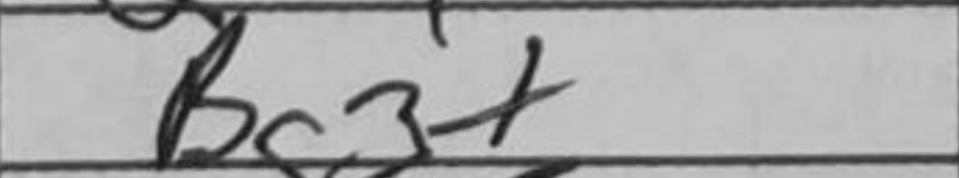
Transcription: Bg3+